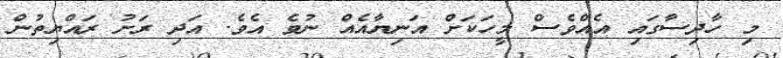
މި ހާދިސާގައި އެއްވެސް މީހަކަށް އަނިޔާއެއް ނުވެ އެވެ. އަދި ރަށު ރައްޔިތުން